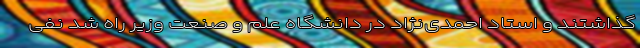
گذاشتند و استادِ احمدی‌نژاد در دانشگاه علم و صنعت وزیر راه شد نفی